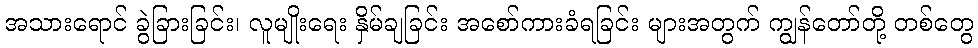
အသားရောင် ခွဲခြားခြင်း၊ လူမျိုးရေး နှိမ်ချခြင်း အစော်ကားခံရခြင်း များအတွက် ကျွန်တော်တို့ တစ်တွေ